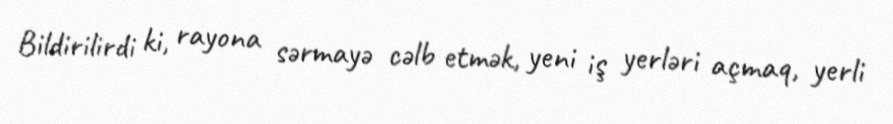
Bildirilirdi ki, rayona sərmayə cəlb etmək, yeni iş yerləri açmaq, yerli